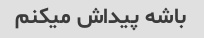
باشه پیداش میکنم